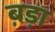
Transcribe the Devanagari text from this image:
ब़ड़ा